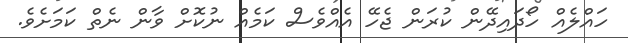
ހައްލެއް ހޯދައިދޭން ކުރަން ޖެހޭ އެއްވެސް ކަމެއް ނުކޮށް ވާން ނެތް ކަމަށެވެ.